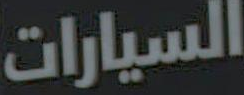
السيارات